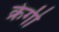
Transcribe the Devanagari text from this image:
क्रेगी